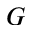
G